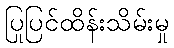
ပြုပြင်ထိန်းသိမ်းမှု